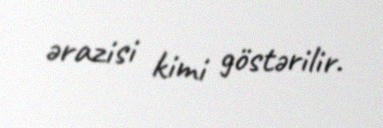
ərazisi kimi göstərilir.